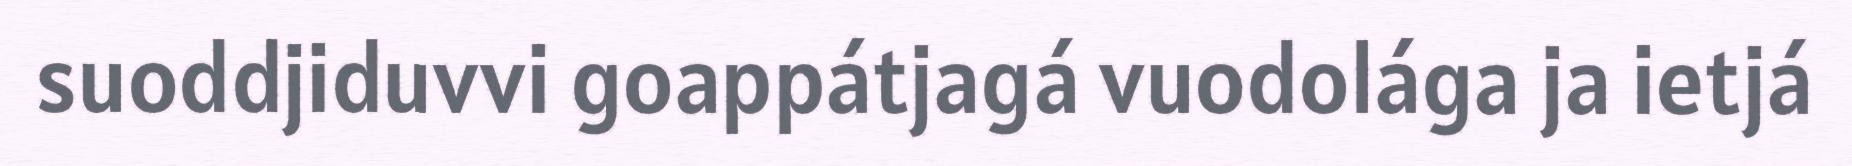
suoddjiduvvi goappátjagá vuodolága ja ietjá